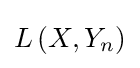
L\left(X,Y_{n}\right)